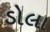
ડોલા